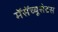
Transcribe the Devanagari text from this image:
मॅसॅच्यूसेटस